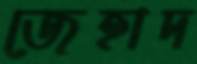
জেহাদ